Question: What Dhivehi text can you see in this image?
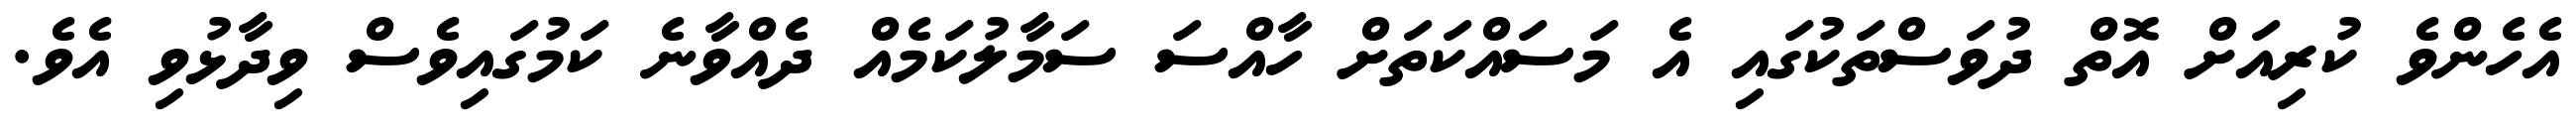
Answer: އެހެންވެ ކުރިއަށް އޮތް ދުވަސްތަކުގައި އެ މަސައްކަތަށް ހާއްސަ ސަމާލުކަމެއް ދެއްވާނެ ކަމުގައިވެސް ވިދާޅުވި އެވެ.